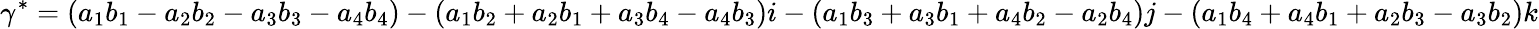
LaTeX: \gamma^{*}=(a_{1}b_{1}-a_{2}b_{2}-a_{3}b_{3}-a_{4}b_{4})-(a_{1}b_{2}+a_{2}b_{1}+a_{3}b_{4}-a_{4}b_{3})i-(a_{1}b_{3}+a_{3}b_{1}+a_{4}b_{2}-a_{2}b_{4})j-(a_{1}b_{4}+a_{4}b_{1}+a_{2}b_{3}-a_{3}b_{2})k